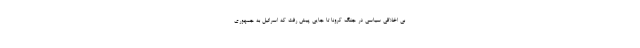
بي اخلاقي سياسي در جنگ كرونا تا جايي پيش رفت كه اسرائيل به جمهوري